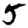
Digit: 5